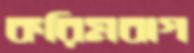
করিমবাগ